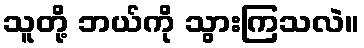
သူတို့ ဘယ်ကို သွားကြသလဲ။